Vaccine operations Central Provinces 1886-1899 - 1886-1899
Year: 1886
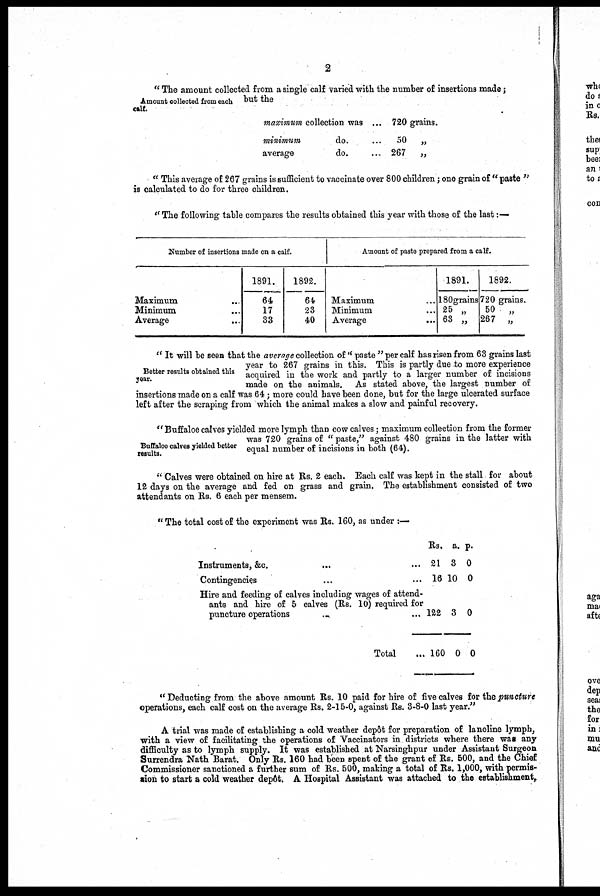
2
Amount collected from each
calf.
" The amount collected from a single calf varied with the number of insertions made;
but the
maximum collection was ...
minimum
do. ...
average
do. ...
720 grains.
50 „
267
„
" This average of 267 grains is sufficient to vaccinate over 800 children ; one grain of " paste "
is calculated to do for three children.
" The following table compares the results obtained this year with those of the last:—
Number of insertions made on a calf.
Maximum ...
Minimum ...
Average
...
1891.
64
17
33
1892.
64
23
40
Amount of paste prepared from a calf.
Maximum ...
Minimum ...
Average
...
1891.
180grains
25 „
63 „
1892.
720 grains.
50 „
267 „
Better results obtained this
year.
" It will be seen that the average collection of " paste " per calf has risen from 63 grains last
year to 267 grains in this. This is partly due to more experience
acquired in the work and partly to a larger number of incisions
made on the animals. As stated above, the largest number of
insertions made on a calf was 64 ; more could have been done, but for the large ulcerated surface
left after the scraping from which the animal makes a slow and painful recovery.
Buffaloe calves yielded better
results.
" Buffaloe calves yielded more lymph than cow calves ; maximum collection from the former
was 720 grains of " paste" against 480 grains in the latter with
equal number of incisions in both (64).
" Calves were obtained on hire at Rs. 2 each. Each calf was kept in the stall for about
12 days on the average and fed on grass and grain. The establishment consisted of two
attendants on Rs. 6 each per mensem.
"The total cost of the experiment was Rs. 160, as under :—
Instruments, &c.
... ...
Contingencies ... ...
Hire and feeding of calves including wages of attend-
ants and hire of 5 calves (Rs. 10) required for
puncture operations ... ...
Total ...
Rs.
21
16
122
160
a.
3
10
3
0
p.
0
0
0
0
" Deducting from the above amount Rs. 10 paid for hire of five calves for the puncture
operations, each calf cost on the average Rs. 2-15-0, against Rs. 3-8-0 last year."
A trial was made of establishing a cold weather depôt for preparation of lanoline lymph,
with a view of facilitating the operations of Vaccinators in districts where there was any
difficulty as to lymph supply. It was established at Narsinghpur under Assistant Surgeon
Surrendra Nath Barat. Only Rs. 160 had been spent of the grant of Rs. 500, and the Chief
Commissioner sanctioned a further sum of Rs. 500, making a total of Rs. 1,000, with permis-
sion to start a cold weather depôt. A Hospital Assistant was attached to the establishment,